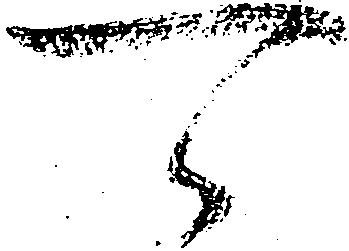
可